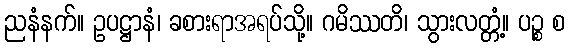
ညနံနက်။ ဥပဋ္ဌာနံ၊ ခစားရာအရပ်သို့။ ဂမိဿတိ၊ သွားလတ္တံ့။ ပဉ္စ စ